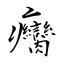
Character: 癵